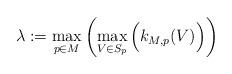
LaTeX: \begin{align*} \lambda:=\max_{p\in M}\left(\max_{V\in S_p}\Big(k_{M,p}(V)\Big)\right)\end{align*}